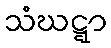
သံဃဋ္ဋာ